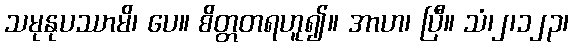
သမုနုပဿာမိ၊ ပေ။ စိတ္တတရဟူ၍။ အာဟ၊ ပြီ။ သံ၊၂၊၁၂၃၊